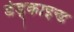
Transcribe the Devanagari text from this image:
डेड्काइन्ड